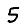
Digit: 5